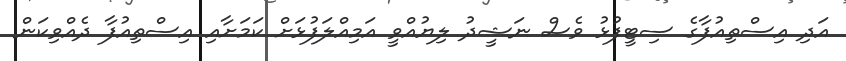
އަދި އިސްތިއުފާގެ ސިޓީފުޅު ވެސް ނަޝީދު ލިޔުއްވީ އަމިއްލަފުޅަށް ކަމަށާއި އިސްތިއުފާ ދެއްވިކަން